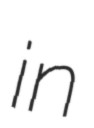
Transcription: in